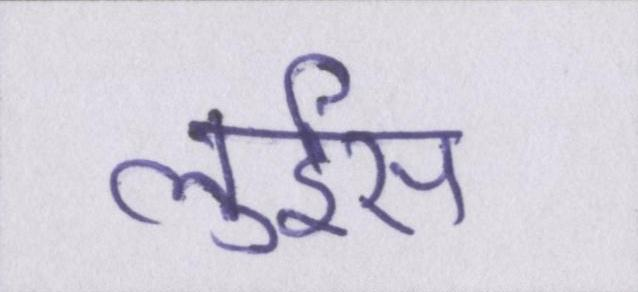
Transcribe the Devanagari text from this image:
लुईस